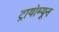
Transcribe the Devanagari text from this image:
ट्रायोम्यून